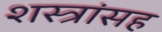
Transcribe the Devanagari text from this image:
शस्त्रांसह